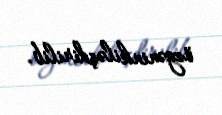
özgəninkiləşdirilib.